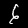
Digit: 6